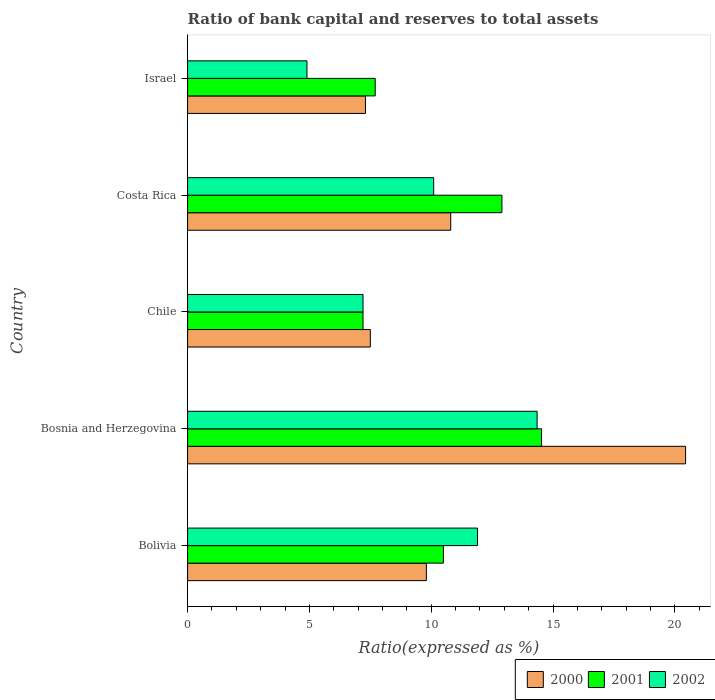
| Country | 2000 | 2001 | 2002 |
 | --- | --- | --- | --- |
 | Bolivia | 9.8 | 10.5 | 11.9 |
 | Bosnia and Herzegovina | 20.4 | 14.5 | 14.3 |
 | Chile | 7.5 | 7.2 | 7.2 |
 | Costa Rica | 10.8 | 12.9 | 10.1 |
 | Israel | 7.3 | 7.7 | 4.9 |